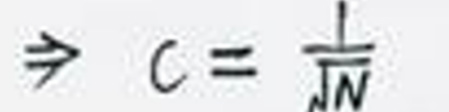
\[
\Rightarrow c = \frac{1}{\sqrt{N}}
\]